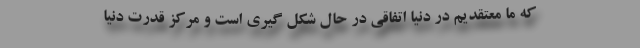
که ما معتقدیم در دنیا اتفاقی در حال شکل گیری است و مرکز قدرت دنیا